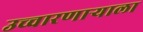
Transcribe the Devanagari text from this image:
उच्चारणाऱ्याला